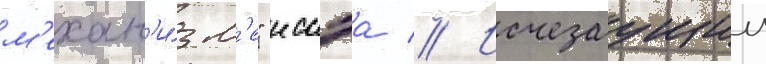
м'ехан'и́зм'е" иссэа // Исчезаущии